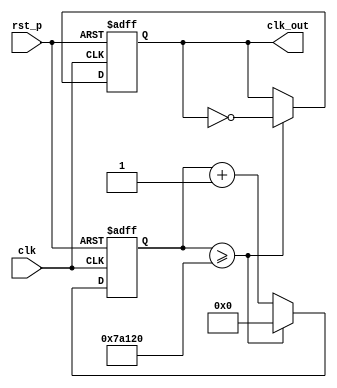
`timescale 1ns / 1ps
//////////////////////////////////////////////////////////////////////////////////
// Company: 
// Engineer: 
// 
// Design Name: 
// Module Name: fre_div_100
// Project Name: 
// Target Devices: 
// Tool Versions: 
// Description: 
// 
// Dependencies: 
// 
// Revision:
// Revision 0.01 - File Created
// Additional Comments:
// 
//////////////////////////////////////////////////////////////////////////////////


`define FREQ_DIV_BIT 26
`define FREQ_DIV_NUM 500000  //  create 100 hz
module fre_div_100(
output reg clk_out, // 100hz
input clk, // clock input
input rst_p // reset
);
reg [`FREQ_DIV_BIT-1:0] clk_rec; // for count 
reg [`FREQ_DIV_BIT-1:0] cnt_tmp; // temporary

always @*    cnt_tmp <= clk_rec + 1'b1;

always @(posedge clk or posedge rst_p)
    if (rst_p) begin
        clk_rec <= `FREQ_DIV_BIT'd0;
        clk_out <= 1'd0;
    end
    else if (clk_rec >= `FREQ_DIV_NUM)  begin
        clk_rec <= `FREQ_DIV_BIT'd0;
        clk_out <= (~clk_out);
    end
    else clk_rec <= cnt_tmp;

endmodule